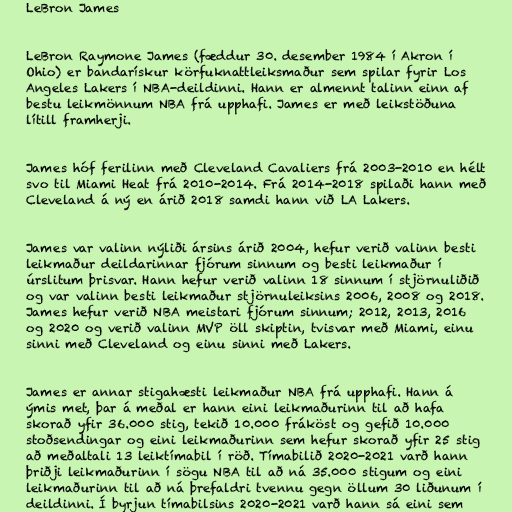
LeBron James

LeBron Raymone James (fæddur 30. desember 1984 í Akron í
Ohio) er bandarískur körfuknattleiksmaður sem spilar fyrir Los
Angeles Lakers í NBA-deildinni. Hann er almennt talinn einn af
bestu leikmönnum NBA frá upphafi. James er með leikstöðuna
lítill framherji.

James hóf ferilinn með Cleveland Cavaliers frá 2003-2010 en hélt
svo til Miami Heat frá 2010-2014. Frá 2014-2018 spilaði hann með
Cleveland á ný en árið 2018 samdi hann við LA Lakers.

James var valinn nýliði ársins árið 2004, hefur verið valinn besti
leikmaður deildarinnar fjórum sinnum og besti leikmaður í
úrslitum þrisvar. Hann hefur verið valinn 18 sinnum í stjörnuliðið
og var valinn besti leikmaður stjörnuleiksins 2006, 2008 og 2018.
James hefur verið NBA meistari fjórum sinnum; 2012, 2013, 2016
og 2020 og verið valinn MVP öll skiptin, tvisvar með Miami, einu
sinni með Cleveland og einu sinni með Lakers.

James er annar stigahæsti leikmaður NBA frá upphafi. Hann á
ýmis met, þar á meðal er hann eini leikmaðurinn til að hafa
skorað yfir 36.000 stig, tekið 10.000 fráköst og gefið 10.000
stoðsendingar og eini leikmaðurinn sem hefur skorað yfir 25 stig
að meðaltali 13 leiktímabil í röð. Tímabilið 2020-2021 varð hann
þriðji leikmaðurinn í sögu NBA til að ná 35.000 stigum og eini
leikmaðurinn til að ná þrefaldri tvennu gegn öllum 30 liðunum í
deildinni. Í byrjun tímabilsins 2020-2021 varð hann sá eini sem